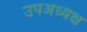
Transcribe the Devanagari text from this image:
उपअध्यक्ष